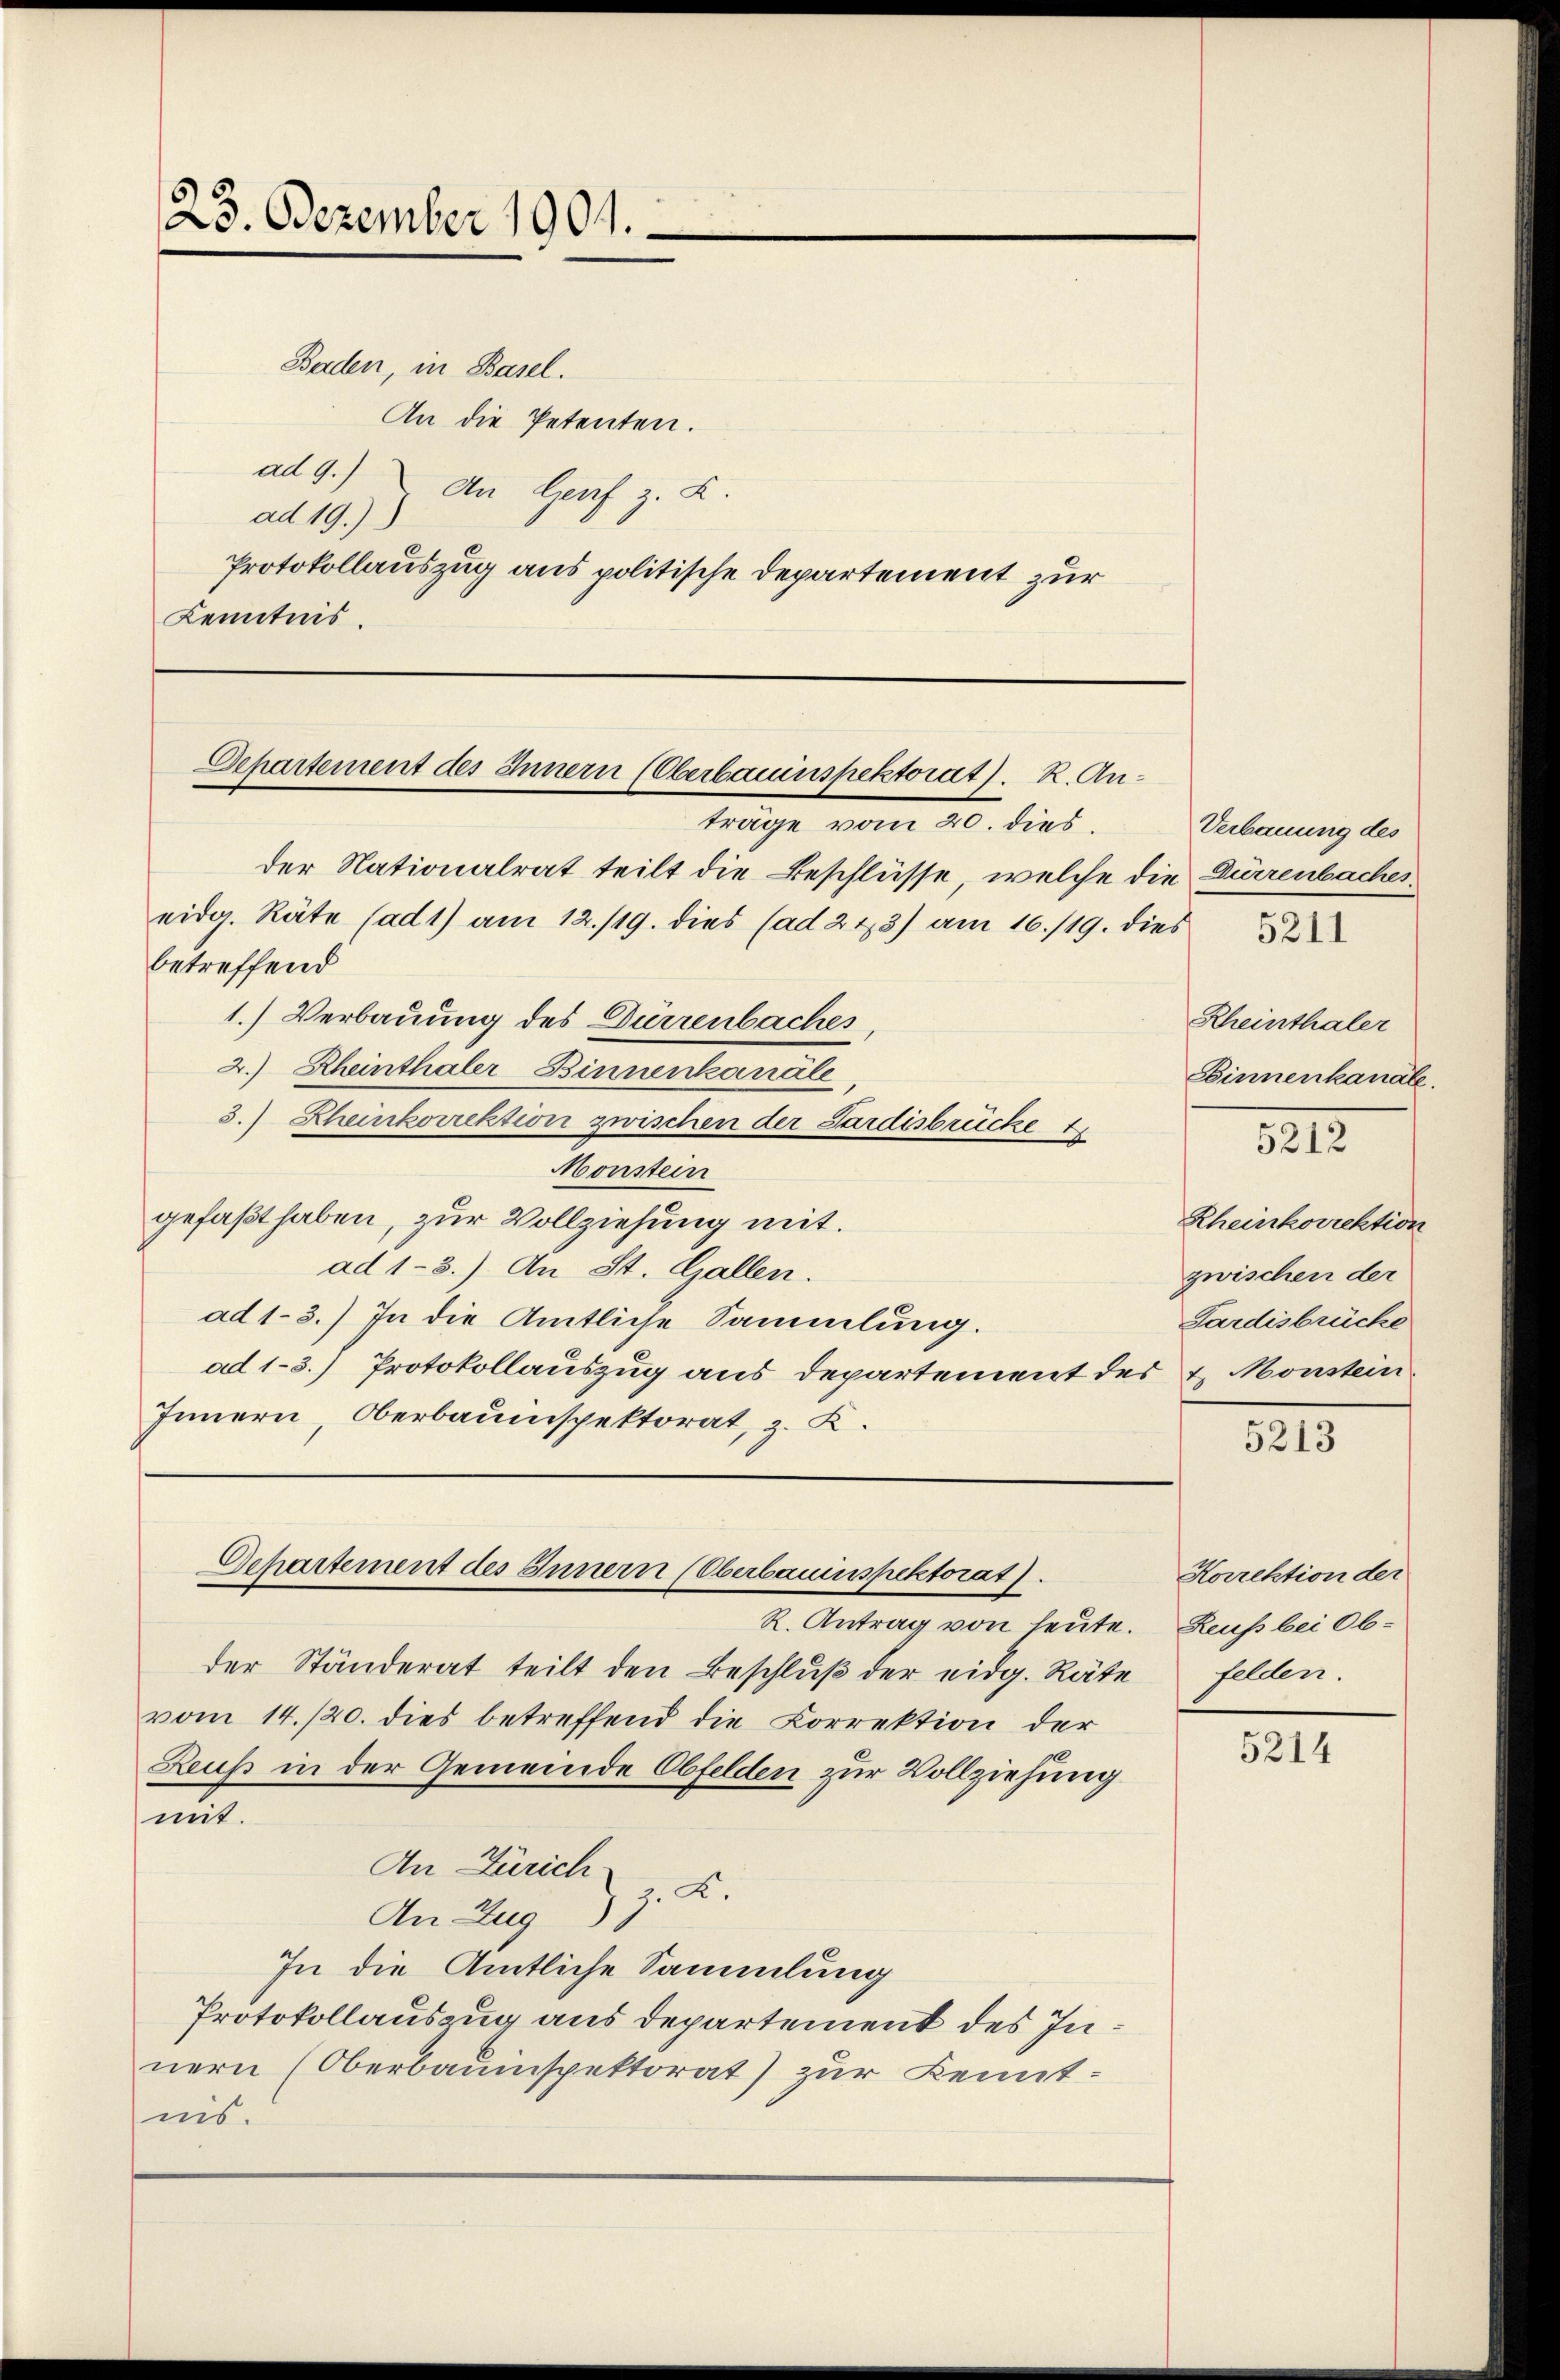
23. Dezember 1901.

Baden, in Basel.
An die Petenten.
ad 9.) An Genf z. B.
ad 19.)
Kenntnis.

Protokollauszug aus politische Departement zur

Departement des Innern (Oberbauinspektorat. R. Anteilige vom 20. dies

der Nationalrat teilt die Beschlüsse, welche die Dürrenbaches,
eidg. Räte (ad 1) am 12./19. dies (ad 223) am 16./19. dies
betreffend
1.) Verbauung des Dürrenbaches
2.) Rheinthaler Binnenkanäle
3.) Zheinkorrektion zwischen der Sardisbrücke 1
Monstein
gefaßt haben, zur Vollziehung mit.
ad 1-3.) An St. Gallen.
ad 1-3.) In die Amtliche Sammlung.
ad 1-3.) Protokollauszug aus Departement des 2. Monstein
Innern, Oberbauinspektorat, z. K.

R. Antrag von heute. Reuß bei Ob-
der Ständerat teilt den Beschluß der eidg. Räte
vom 14./20. dies betreffend die Correktion der
Reuß in der Gemeinde Obfelden zur Vollziehung
mit.
An Zürich
z. K.
An Zug
In die Amtliche Sammlung
Protokollauszug aus Departement des Innern (Oberbauinspektorat) zur Kennt-
nis.

Departement des Innern (Oberbauinspektorat).

Verbauung des

Rheinthaler
Einnenkanäle.

12

Rheinkorrektion
zwischen der
Pardisbrücke

5213

Korrektion der
felden.

5214